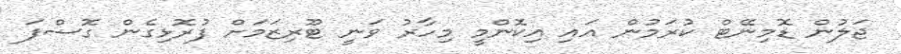
ޖަލުން ޑޮމިނޭޓް ކުރަމުން އައި އިކޮންމީ މިހާރު ވަނީ ޓޫރިޒަމަށް ފުރޮޅިގެން ގޮސްފަ